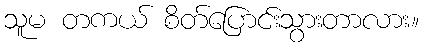
သူမ တကယ် စိတ်ပြောင်းသွားတာလား။